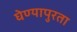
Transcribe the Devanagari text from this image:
घेण्यापुरता